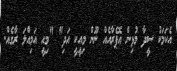
އެކަމަކު ސީދާ މުޅިން އޮޕެރާއެއް ނޫން މިއީކީ އަދި" "މިއީ އަމިއްލަ ރާގެއް.